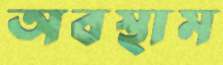
অবস্থাম